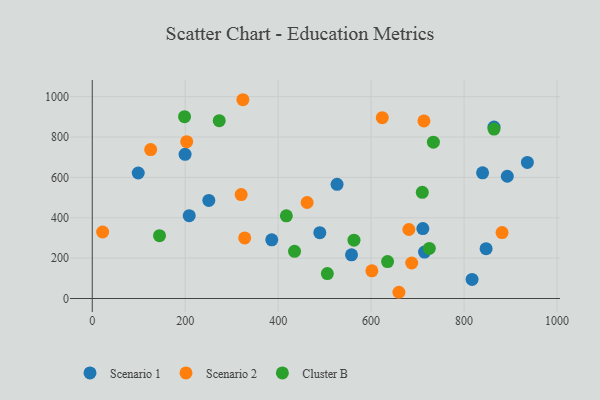
{"axis": {"x": "Engine Size", "y": "Demand"}, "legend": ["Cluster B", "Scenario 1", "Scenario 2"], "data": [{"x": "714.9", "y": 230.0, "type": "Scenario 1"}, {"x": "839.8", "y": 622.6, "type": "Scenario 1"}, {"x": "250.8", "y": 486.0, "type": "Scenario 1"}, {"x": "208.6", "y": 410.3, "type": "Scenario 1"}, {"x": "557.8", "y": 216.3, "type": "Scenario 1"}, {"x": "526.7", "y": 565.8, "type": "Scenario 1"}, {"x": "817.2", "y": 94.5, "type": "Scenario 1"}, {"x": "386.2", "y": 290.8, "type": "Scenario 1"}, {"x": "864.4", "y": 849.4, "type": "Scenario 1"}, {"x": "489.6", "y": 326.0, "type": "Scenario 1"}, {"x": "936.2", "y": 674.0, "type": "Scenario 1"}, {"x": "893.0", "y": 605.8, "type": "Scenario 1"}, {"x": "847.4", "y": 247.0, "type": "Scenario 1"}, {"x": "711.3", "y": 346.4, "type": "Scenario 1"}, {"x": "199.7", "y": 714.4, "type": "Scenario 1"}, {"x": "98.9", "y": 621.8, "type": "Scenario 1"}, {"x": "687.3", "y": 175.9, "type": "Scenario 2"}, {"x": "659.8", "y": 30.9, "type": "Scenario 2"}, {"x": "624.0", "y": 896.1, "type": "Scenario 2"}, {"x": "601.6", "y": 137.0, "type": "Scenario 2"}, {"x": "125.7", "y": 737.7, "type": "Scenario 2"}, {"x": "881.7", "y": 326.5, "type": "Scenario 2"}, {"x": "328.0", "y": 300.3, "type": "Scenario 2"}, {"x": "713.6", "y": 879.7, "type": "Scenario 2"}, {"x": "324.1", "y": 984.8, "type": "Scenario 2"}, {"x": "320.4", "y": 514.7, "type": "Scenario 2"}, {"x": "203.2", "y": 776.9, "type": "Scenario 2"}, {"x": "462.3", "y": 475.6, "type": "Scenario 2"}, {"x": "681.2", "y": 342.0, "type": "Scenario 2"}, {"x": "22.3", "y": 329.4, "type": "Scenario 2"}, {"x": "864.4", "y": 839.6, "type": "Cluster B"}, {"x": "417.6", "y": 409.6, "type": "Cluster B"}, {"x": "635.4", "y": 183.1, "type": "Cluster B"}, {"x": "435.2", "y": 233.8, "type": "Cluster B"}, {"x": "198.6", "y": 900.6, "type": "Cluster B"}, {"x": "273.2", "y": 881.2, "type": "Cluster B"}, {"x": "725.2", "y": 248.3, "type": "Cluster B"}, {"x": "710.1", "y": 526.3, "type": "Cluster B"}, {"x": "144.7", "y": 311.4, "type": "Cluster B"}, {"x": "563.1", "y": 288.9, "type": "Cluster B"}, {"x": "734.0", "y": 774.4, "type": "Cluster B"}, {"x": "505.8", "y": 123.4, "type": "Cluster B"}]}